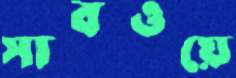
সাবওয়ে